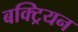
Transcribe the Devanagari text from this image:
बक्ट्रियन